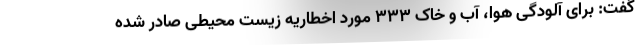
گفت: برای آلودگی هوا، آب و خاک 333 مورد اخطاریه زیست محیطی صادر شده